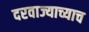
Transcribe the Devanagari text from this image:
दरवाज्याच्याच